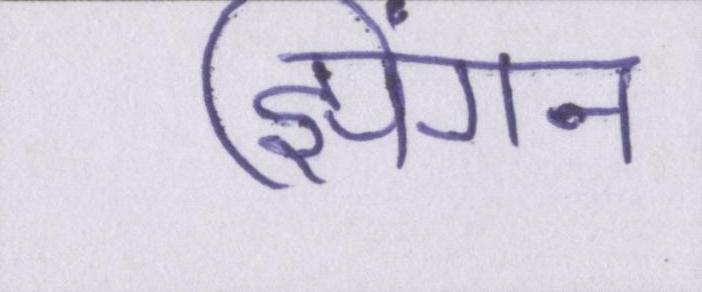
झिंगन